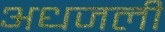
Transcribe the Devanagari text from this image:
अधजली